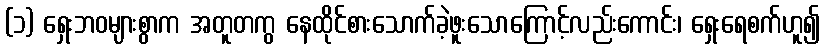
(၁) ရှေးဘဝများစွာက အတူတကွ နေထိုင်စားသောက်ခဲ့ဖူးသောကြောင့်လည်းကောင်း၊ ရှေးရေစက်ဟူ၍